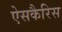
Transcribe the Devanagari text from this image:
ऐसकैरिस